65_HS1-101634279_100-DE-26505
Agency: FBI
Incident date: 11/7/57
Incident location: Germany
Page 12
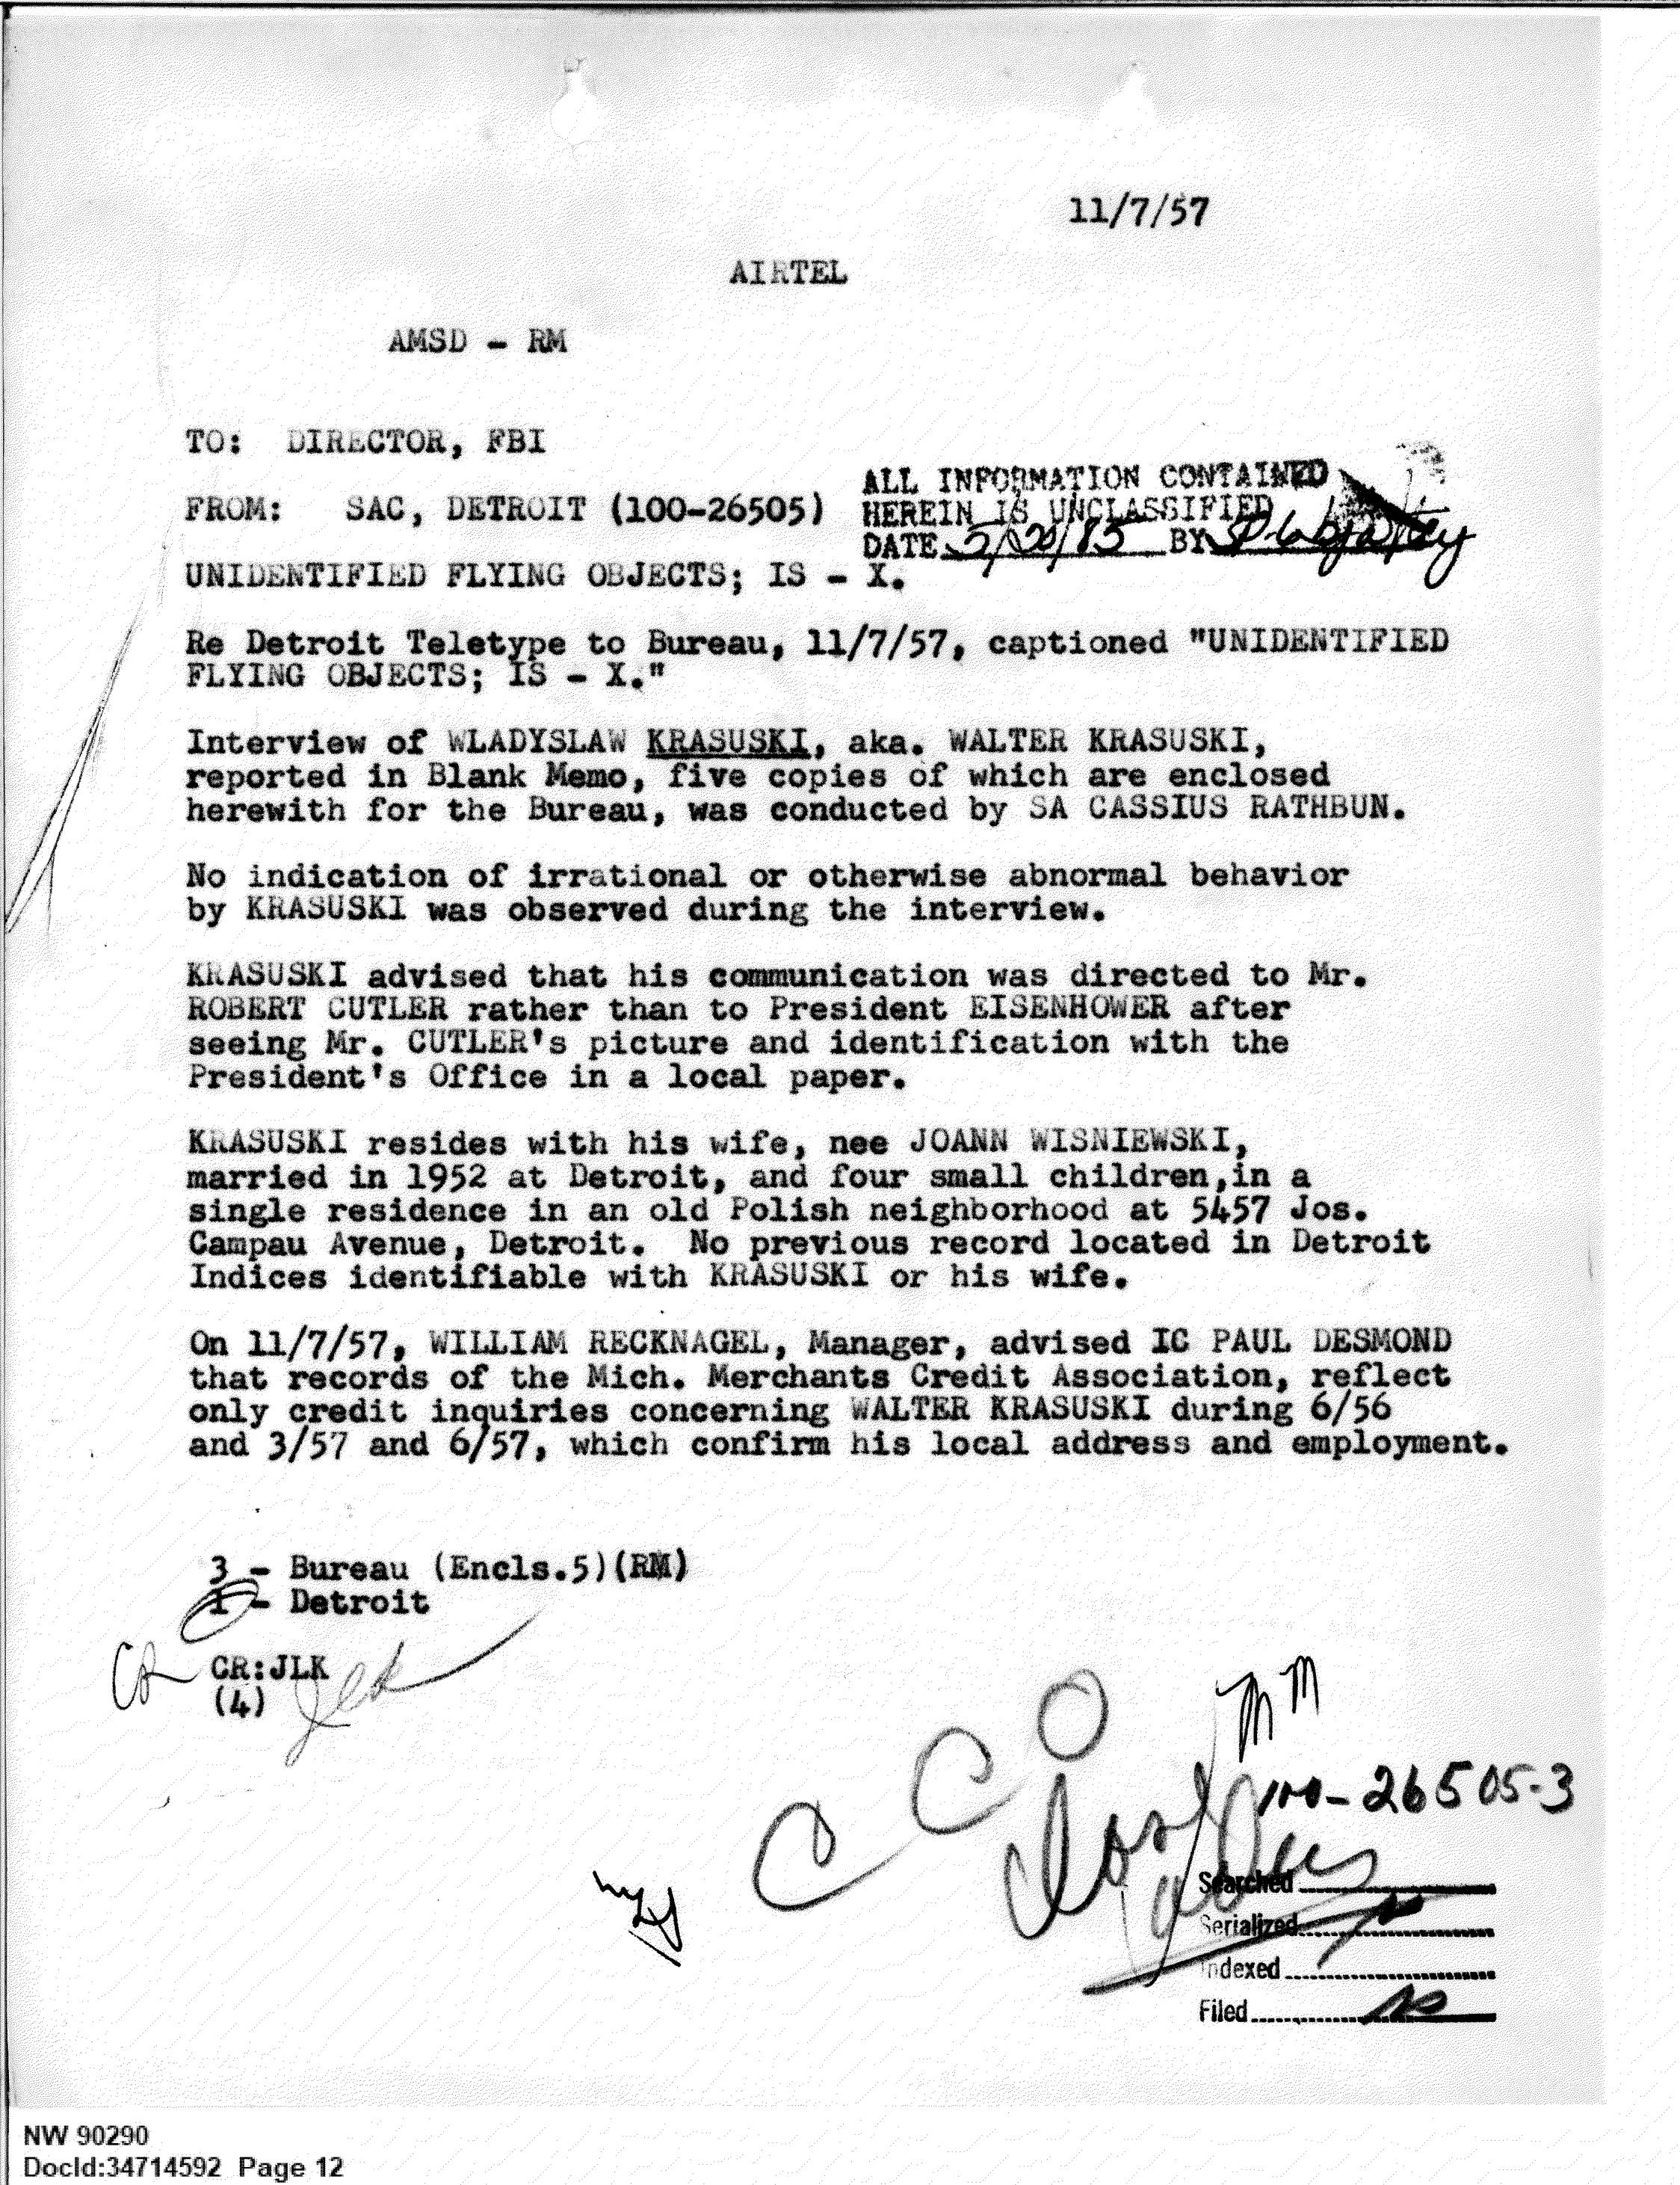